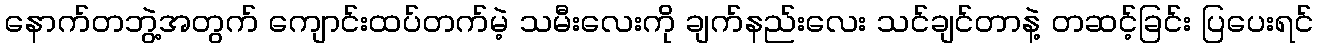
နောက်တဘွဲ့အတွက် ကျောင်းထပ်တက်မဲ့ သမီးလေးကို ချက်နည်းလေး သင်ချင်တာနဲ့ တဆင့်ခြင်း ပြပေးရင်